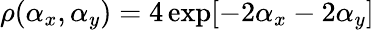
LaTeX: \rho(\alpha_{x},\alpha_{y})=4\exp[-2\alpha_{x}-2\alpha_{y}]